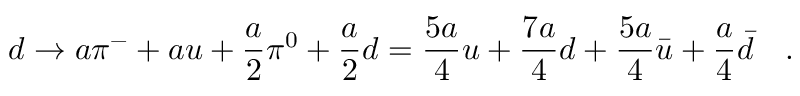
d \rightarrow a \pi ^ { - } + a u + \frac { a } { 2 } \pi ^ { 0 } + \frac { a } { 2 } d = \frac { 5 a } { 4 } u + \frac { 7 a } { 4 } d + \frac { 5 a } { 4 } \bar { u } + \frac { a } { 4 } \bar { d } \ \ \ .